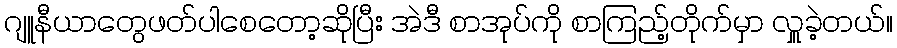
ဂျူနီယာတွေဖတ်ပါစေတော့ဆိုပြီး အဲဒီ စာအုပ်ကို စာကြည့်တိုက်မှာ လှူခဲ့တယ်။